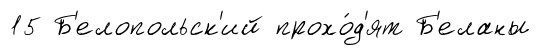
15 Б'елопольск'ий прохо́д'ят Б'еланы